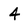
Character: 4